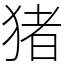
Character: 猪